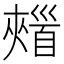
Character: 𩠣